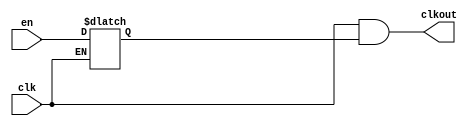
// SPDX-License-Identifier: Apache-2.0
// Copyright (C) 2019 Intel Corporation. All rights reserved
module aibndpnr_dll_atech_clkgate_cgc00
(
    input    wire   clk,
    input    wire   en,
    output   wire   clkout
);

reg     o;

always @ (en, clk)
    begin
       if (~clk)
          begin
             o <=en;
          end
    end 

assign clkout = clk & o;



endmodule